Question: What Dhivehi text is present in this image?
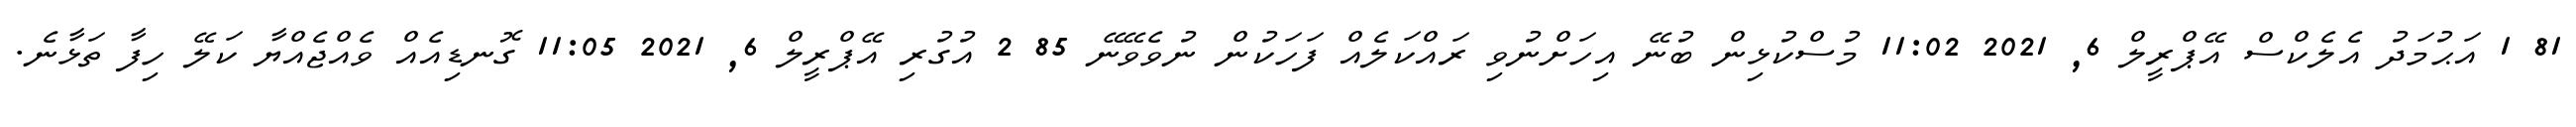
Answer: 81 1 އަޙުމަދު އެލެކްސް އޭޕްރީލް 6, 2021 11:02 މުސްކުޅިން ބުނޭ އިހަށްނުވި ރައްކަލެއް ފަހަކުން ނުވެވޭނޭ 85 2 އުގުރި އޭޕްރީލް 6, 2021 11:05 ގޮނޑިއެއް ވެއްޖެއްޔާ ކަލޭ ހިފާ ތަޅާނެ.